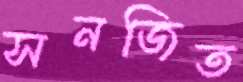
সনজিত